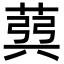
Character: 𦳪